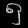
Digit: ၅